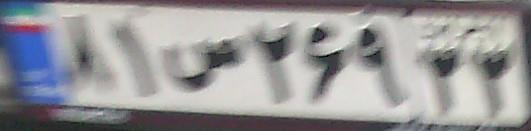
۸۱س۲۶۹۳۳